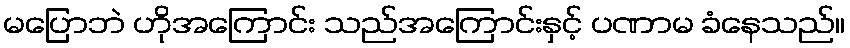
မပြောဘဲ ဟိုအကြောင်း သည်အကြောင်းနှင့် ပဏာမ ခံနေသည်။